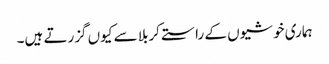
ہماری خوشیوں کے راستے کربلا سے کیوں گزرتے ہیں۔